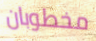
مخطوبان